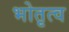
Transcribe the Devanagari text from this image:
भोतृत्व